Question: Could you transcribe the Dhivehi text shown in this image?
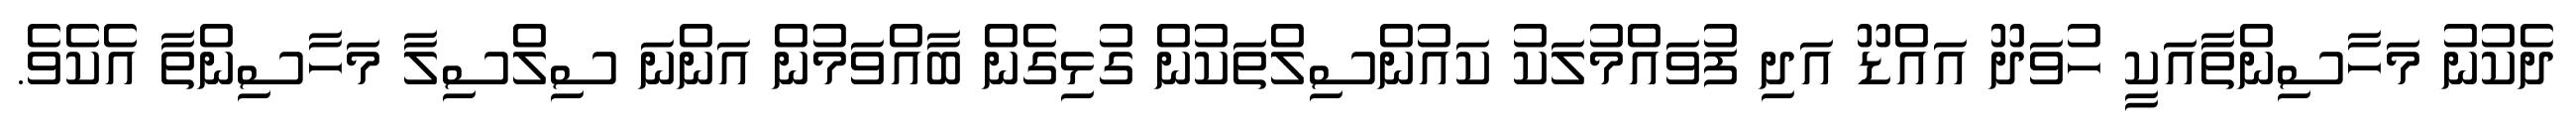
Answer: ދެކުނު މަހާސިންތާއަކީ ހުވަދޫ އައްޑޫ އަދި ފުވައްމުލަކު ކައުންސިލްތަކުން ގުޅިގެން ބާއްވަމުން އަންނަ ސިލްސިލާ މަހާސިންތާ އެކެވެ.